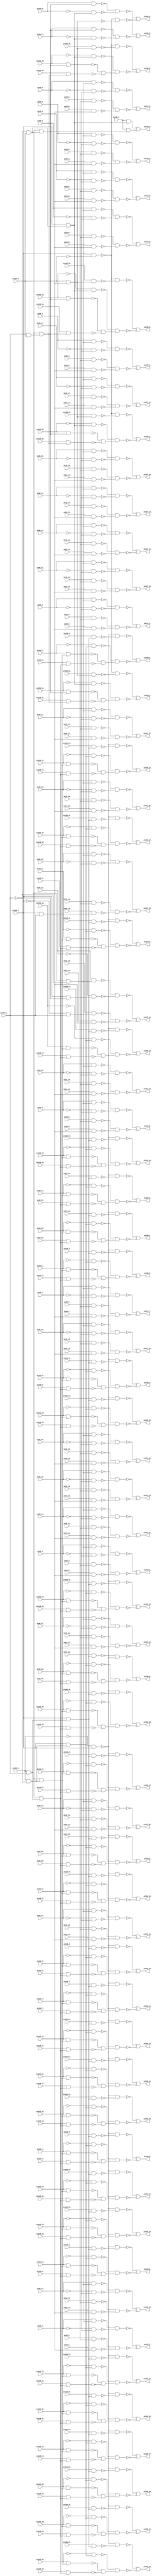
module top ( 
    pv96_30_, pv128_5_, pv160_1_, pv160_12_, pv160_25_, pv96_31_, pv128_6_,
    pv160_2_, pv160_11_, pv160_26_, pv96_10_, pv96_21_, pv128_3_,
    pv160_14_, pv160_27_, pv192_0_, pv96_11_, pv96_20_, pv128_4_, pv160_0_,
    pv160_13_, pv160_28_, pv128_1_, pv160_5_, pv160_29_, pv128_2_,
    pv128_19_, pv160_6_, pv199_4_, pv160_3_, pv160_10_, pv128_0_, pv160_4_,
    pv32_7_, pv32_18_, pv32_29_, pv64_0_, pv96_9_, pv128_29_, pv192_19_,
    pv199_1_, pv32_6_, pv32_19_, pv32_28_, pv64_1_, pv96_8_, pv192_18_,
    pv199_0_, pv32_5_, pv192_17_, pv192_31_, pv199_3_, pv32_4_, pv192_16_,
    pv192_30_, pv32_3_, pv64_4_, pv96_5_, pv128_9_, pv192_15_, pv192_20_,
    pv32_2_, pv64_5_, pv96_4_, pv192_14_, pv192_21_, pv32_1_, pv64_2_,
    pv96_7_, pv128_7_, pv192_13_, pv32_0_, pv64_3_, pv96_6_, pv128_8_,
    pv192_12_, pv32_10_, pv32_21_, pv64_8_, pv64_17_, pv64_28_, pv96_1_,
    pv128_21_, pv192_11_, pv192_24_, pv32_11_, pv32_20_, pv64_9_, pv64_18_,
    pv64_27_, pv96_0_, pv128_22_, pv192_10_, pv192_25_, pv32_12_, pv32_23_,
    pv32_30_, pv64_6_, pv64_15_, pv64_26_, pv96_3_, pv128_10_, pv128_23_,
    pv192_22_, pv32_13_, pv32_22_, pv32_31_, pv64_7_, pv64_16_, pv64_25_,
    pv96_2_, pv128_24_, pv128_31_, pv192_23_, pv32_14_, pv32_25_,
    pv128_25_, pv192_28_, pv32_15_, pv32_24_, pv128_26_, pv192_9_,
    pv192_29_, pv195_0_, pv32_9_, pv32_16_, pv32_27_, pv64_19_, pv128_27_,
    pv192_26_, pv32_8_, pv32_17_, pv32_26_, pv64_29_, pv128_28_, pv192_27_,
    pv64_20_, pv64_31_, pv96_16_, pv96_27_, pv128_16_, pv160_9_, pv160_30_,
    pv192_6_, pv194_0_, pv64_10_, pv96_17_, pv96_26_, pv128_15_, pv160_19_,
    pv192_5_, pv96_18_, pv96_29_, pv128_18_, pv160_7_, pv192_8_, pv96_19_,
    pv96_28_, pv128_17_, pv160_8_, pv160_20_, pv192_7_, pv194_1_, pv64_13_,
    pv64_24_, pv96_12_, pv96_23_, pv128_12_, pv128_30_, pv160_16_,
    pv160_21_, pv192_2_, pv64_14_, pv64_23_, pv96_13_, pv96_22_, pv128_11_,
    pv160_15_, pv160_22_, pv192_1_, pv64_11_, pv64_22_, pv96_14_, pv96_25_,
    pv128_14_, pv160_18_, pv160_23_, pv192_4_, pv64_12_, pv64_21_,
    pv64_30_, pv96_15_, pv96_24_, pv128_13_, pv128_20_, pv160_17_,
    pv160_24_, pv160_31_, pv192_3_,
    pv227_10_, pv227_23_, pv266_6_, pv227_0_, pv227_24_, pv227_21_,
    pv266_4_, pv227_22_, pv266_5_, pv227_27_, pv259_0_, pv227_25_,
    pv259_2_, pv227_26_, pv259_1_, pv227_7_, pv227_18_, pv259_17_,
    pv227_8_, pv227_17_, pv259_16_, pv227_5_, pv227_16_, pv259_19_,
    pv227_6_, pv227_15_, pv259_18_, pv227_3_, pv227_14_, pv259_26_,
    pv266_2_, pv227_4_, pv227_13_, pv227_20_, pv259_27_, pv266_3_,
    pv227_1_, pv227_12_, pv259_28_, pv266_0_, pv227_2_, pv227_11_,
    pv259_29_, pv266_1_, pv259_22_, pv259_23_, pv259_11_, pv259_24_,
    pv259_10_, pv259_25_, pv259_13_, pv259_31_, pv259_12_, pv259_30_,
    pv227_9_, pv259_15_, pv259_20_, pv227_19_, pv259_14_, pv259_21_,
    pv259_4_, pv259_3_, pv259_6_, pv259_5_, pv259_8_, pv259_7_, pv259_9_  );
  input  pv96_30_, pv128_5_, pv160_1_, pv160_12_, pv160_25_, pv96_31_,
    pv128_6_, pv160_2_, pv160_11_, pv160_26_, pv96_10_, pv96_21_, pv128_3_,
    pv160_14_, pv160_27_, pv192_0_, pv96_11_, pv96_20_, pv128_4_, pv160_0_,
    pv160_13_, pv160_28_, pv128_1_, pv160_5_, pv160_29_, pv128_2_,
    pv128_19_, pv160_6_, pv199_4_, pv160_3_, pv160_10_, pv128_0_, pv160_4_,
    pv32_7_, pv32_18_, pv32_29_, pv64_0_, pv96_9_, pv128_29_, pv192_19_,
    pv199_1_, pv32_6_, pv32_19_, pv32_28_, pv64_1_, pv96_8_, pv192_18_,
    pv199_0_, pv32_5_, pv192_17_, pv192_31_, pv199_3_, pv32_4_, pv192_16_,
    pv192_30_, pv32_3_, pv64_4_, pv96_5_, pv128_9_, pv192_15_, pv192_20_,
    pv32_2_, pv64_5_, pv96_4_, pv192_14_, pv192_21_, pv32_1_, pv64_2_,
    pv96_7_, pv128_7_, pv192_13_, pv32_0_, pv64_3_, pv96_6_, pv128_8_,
    pv192_12_, pv32_10_, pv32_21_, pv64_8_, pv64_17_, pv64_28_, pv96_1_,
    pv128_21_, pv192_11_, pv192_24_, pv32_11_, pv32_20_, pv64_9_, pv64_18_,
    pv64_27_, pv96_0_, pv128_22_, pv192_10_, pv192_25_, pv32_12_, pv32_23_,
    pv32_30_, pv64_6_, pv64_15_, pv64_26_, pv96_3_, pv128_10_, pv128_23_,
    pv192_22_, pv32_13_, pv32_22_, pv32_31_, pv64_7_, pv64_16_, pv64_25_,
    pv96_2_, pv128_24_, pv128_31_, pv192_23_, pv32_14_, pv32_25_,
    pv128_25_, pv192_28_, pv32_15_, pv32_24_, pv128_26_, pv192_9_,
    pv192_29_, pv195_0_, pv32_9_, pv32_16_, pv32_27_, pv64_19_, pv128_27_,
    pv192_26_, pv32_8_, pv32_17_, pv32_26_, pv64_29_, pv128_28_, pv192_27_,
    pv64_20_, pv64_31_, pv96_16_, pv96_27_, pv128_16_, pv160_9_, pv160_30_,
    pv192_6_, pv194_0_, pv64_10_, pv96_17_, pv96_26_, pv128_15_, pv160_19_,
    pv192_5_, pv96_18_, pv96_29_, pv128_18_, pv160_7_, pv192_8_, pv96_19_,
    pv96_28_, pv128_17_, pv160_8_, pv160_20_, pv192_7_, pv194_1_, pv64_13_,
    pv64_24_, pv96_12_, pv96_23_, pv128_12_, pv128_30_, pv160_16_,
    pv160_21_, pv192_2_, pv64_14_, pv64_23_, pv96_13_, pv96_22_, pv128_11_,
    pv160_15_, pv160_22_, pv192_1_, pv64_11_, pv64_22_, pv96_14_, pv96_25_,
    pv128_14_, pv160_18_, pv160_23_, pv192_4_, pv64_12_, pv64_21_,
    pv64_30_, pv96_15_, pv96_24_, pv128_13_, pv128_20_, pv160_17_,
    pv160_24_, pv160_31_, pv192_3_;
  output pv227_10_, pv227_23_, pv266_6_, pv227_0_, pv227_24_, pv227_21_,
    pv266_4_, pv227_22_, pv266_5_, pv227_27_, pv259_0_, pv227_25_,
    pv259_2_, pv227_26_, pv259_1_, pv227_7_, pv227_18_, pv259_17_,
    pv227_8_, pv227_17_, pv259_16_, pv227_5_, pv227_16_, pv259_19_,
    pv227_6_, pv227_15_, pv259_18_, pv227_3_, pv227_14_, pv259_26_,
    pv266_2_, pv227_4_, pv227_13_, pv227_20_, pv259_27_, pv266_3_,
    pv227_1_, pv227_12_, pv259_28_, pv266_0_, pv227_2_, pv227_11_,
    pv259_29_, pv266_1_, pv259_22_, pv259_23_, pv259_11_, pv259_24_,
    pv259_10_, pv259_25_, pv259_13_, pv259_31_, pv259_12_, pv259_30_,
    pv227_9_, pv259_15_, pv259_20_, pv227_19_, pv259_14_, pv259_21_,
    pv259_4_, pv259_3_, pv259_6_, pv259_5_, pv259_8_, pv259_7_, pv259_9_;
  wire new_n267_, new_n268_, new_n269_, new_n270_, new_n271_, new_n272_,
    new_n273_, new_n274_, new_n275_, new_n276_, new_n278_, new_n279_,
    new_n280_, new_n281_, new_n282_, new_n283_, new_n285_, new_n286_,
    new_n287_, new_n288_, new_n289_, new_n291_, new_n292_, new_n293_,
    new_n294_, new_n295_, new_n296_, new_n298_, new_n299_, new_n300_,
    new_n301_, new_n302_, new_n303_, new_n305_, new_n306_, new_n307_,
    new_n308_, new_n309_, new_n310_, new_n312_, new_n313_, new_n314_,
    new_n315_, new_n316_, new_n317_, new_n319_, new_n320_, new_n321_,
    new_n322_, new_n323_, new_n324_, new_n326_, new_n327_, new_n328_,
    new_n330_, new_n331_, new_n332_, new_n333_, new_n334_, new_n335_,
    new_n337_, new_n338_, new_n339_, new_n340_, new_n341_, new_n342_,
    new_n343_, new_n344_, new_n345_, new_n346_, new_n347_, new_n348_,
    new_n349_, new_n350_, new_n352_, new_n353_, new_n354_, new_n355_,
    new_n356_, new_n357_, new_n359_, new_n360_, new_n361_, new_n362_,
    new_n363_, new_n364_, new_n365_, new_n367_, new_n368_, new_n369_,
    new_n370_, new_n371_, new_n372_, new_n374_, new_n375_, new_n376_,
    new_n377_, new_n378_, new_n379_, new_n380_, new_n382_, new_n383_,
    new_n384_, new_n385_, new_n386_, new_n387_, new_n389_, new_n390_,
    new_n391_, new_n392_, new_n393_, new_n394_, new_n396_, new_n397_,
    new_n398_, new_n399_, new_n400_, new_n401_, new_n402_, new_n404_,
    new_n405_, new_n406_, new_n407_, new_n408_, new_n409_, new_n411_,
    new_n412_, new_n413_, new_n414_, new_n415_, new_n416_, new_n418_,
    new_n419_, new_n420_, new_n421_, new_n422_, new_n423_, new_n424_,
    new_n426_, new_n427_, new_n428_, new_n429_, new_n430_, new_n431_,
    new_n433_, new_n434_, new_n435_, new_n436_, new_n437_, new_n438_,
    new_n440_, new_n441_, new_n442_, new_n443_, new_n444_, new_n445_,
    new_n446_, new_n448_, new_n449_, new_n450_, new_n451_, new_n452_,
    new_n453_, new_n455_, new_n456_, new_n457_, new_n458_, new_n459_,
    new_n460_, new_n462_, new_n463_, new_n464_, new_n465_, new_n466_,
    new_n467_, new_n468_, new_n470_, new_n471_, new_n472_, new_n473_,
    new_n474_, new_n475_, new_n477_, new_n478_, new_n479_, new_n480_,
    new_n481_, new_n482_, new_n484_, new_n485_, new_n486_, new_n487_,
    new_n488_, new_n489_, new_n490_, new_n492_, new_n493_, new_n494_,
    new_n495_, new_n496_, new_n497_, new_n498_, new_n499_, new_n500_,
    new_n502_, new_n503_, new_n504_, new_n505_, new_n506_, new_n507_,
    new_n509_, new_n510_, new_n511_, new_n512_, new_n513_, new_n514_,
    new_n516_, new_n517_, new_n518_, new_n519_, new_n520_, new_n521_,
    new_n523_, new_n524_, new_n525_, new_n526_, new_n527_, new_n528_,
    new_n529_, new_n531_, new_n532_, new_n533_, new_n534_, new_n535_,
    new_n536_, new_n537_, new_n539_, new_n540_, new_n541_, new_n542_,
    new_n543_, new_n544_, new_n546_, new_n547_, new_n548_, new_n549_,
    new_n550_, new_n551_, new_n553_, new_n554_, new_n555_, new_n556_,
    new_n557_, new_n558_, new_n559_, new_n561_, new_n562_, new_n563_,
    new_n564_, new_n565_, new_n566_, new_n567_, new_n569_, new_n570_,
    new_n571_, new_n572_, new_n573_, new_n574_, new_n576_, new_n577_,
    new_n578_, new_n579_, new_n580_, new_n581_, new_n583_, new_n584_,
    new_n585_, new_n586_, new_n587_, new_n588_, new_n589_, new_n591_,
    new_n592_, new_n593_, new_n594_, new_n595_, new_n596_, new_n597_,
    new_n599_, new_n600_, new_n601_, new_n602_, new_n603_, new_n604_,
    new_n605_, new_n607_, new_n608_, new_n609_, new_n610_, new_n611_,
    new_n612_, new_n613_, new_n615_, new_n616_, new_n617_, new_n618_,
    new_n619_, new_n620_, new_n621_, new_n623_, new_n624_, new_n625_,
    new_n626_, new_n627_, new_n628_, new_n629_, new_n631_, new_n632_,
    new_n633_, new_n634_, new_n635_, new_n636_, new_n637_, new_n639_,
    new_n640_, new_n641_, new_n642_, new_n643_, new_n644_, new_n645_,
    new_n647_, new_n648_, new_n649_, new_n650_, new_n651_, new_n652_,
    new_n653_, new_n655_, new_n656_, new_n657_, new_n658_, new_n659_,
    new_n660_, new_n661_, new_n663_, new_n664_, new_n665_, new_n666_,
    new_n667_, new_n668_, new_n669_, new_n671_, new_n672_, new_n673_,
    new_n674_, new_n675_, new_n676_, new_n677_, new_n679_, new_n680_,
    new_n681_, new_n682_, new_n683_, new_n684_, new_n686_, new_n687_,
    new_n688_, new_n689_, new_n690_, new_n691_, new_n692_, new_n694_,
    new_n695_, new_n696_, new_n697_, new_n698_, new_n699_, new_n700_,
    new_n702_, new_n703_, new_n704_, new_n705_, new_n706_, new_n707_,
    new_n709_, new_n710_, new_n711_, new_n712_, new_n713_, new_n714_,
    new_n715_, new_n717_, new_n718_, new_n719_, new_n720_, new_n721_,
    new_n722_, new_n723_, new_n725_, new_n726_, new_n727_, new_n728_,
    new_n729_, new_n730_, new_n731_, new_n733_, new_n734_, new_n735_,
    new_n736_, new_n737_, new_n738_, new_n739_, new_n741_, new_n742_,
    new_n743_, new_n744_, new_n745_, new_n746_, new_n747_, new_n749_,
    new_n750_, new_n751_, new_n752_, new_n753_, new_n754_, new_n755_,
    new_n757_, new_n758_, new_n759_, new_n760_, new_n761_, new_n762_,
    new_n763_, new_n765_, new_n766_, new_n767_, new_n768_, new_n769_,
    new_n770_, new_n771_, new_n773_, new_n774_, new_n775_, new_n776_,
    new_n777_, new_n778_, new_n779_;
  assign new_n267_ = ~pv199_1_ & pv199_0_;
  assign new_n268_ = pv32_10_ & new_n267_;
  assign new_n269_ = pv199_1_ & pv199_0_;
  assign new_n270_ = pv64_10_ & new_n269_;
  assign new_n271_ = ~pv199_1_ & ~pv199_0_;
  assign new_n272_ = pv96_10_ & new_n271_;
  assign new_n273_ = pv199_1_ & ~pv199_0_;
  assign new_n274_ = ~pv96_10_ & new_n273_;
  assign new_n275_ = ~new_n272_ & ~new_n274_;
  assign new_n276_ = ~new_n268_ & ~new_n270_;
  assign pv227_10_ = ~new_n275_ | ~new_n276_;
  assign new_n278_ = pv32_23_ & new_n267_;
  assign new_n279_ = pv64_23_ & new_n269_;
  assign new_n280_ = pv96_23_ & new_n271_;
  assign new_n281_ = ~pv96_23_ & new_n273_;
  assign new_n282_ = ~new_n280_ & ~new_n281_;
  assign new_n283_ = ~new_n278_ & ~new_n279_;
  assign pv227_23_ = ~new_n282_ | ~new_n283_;
  assign new_n285_ = ~pv199_0_ & pv199_3_;
  assign new_n286_ = pv199_1_ & new_n285_;
  assign new_n287_ = pv195_0_ & new_n286_;
  assign new_n288_ = ~pv199_1_ & new_n285_;
  assign new_n289_ = pv195_0_ & new_n288_;
  assign pv266_6_ = new_n287_ | new_n289_;
  assign new_n291_ = pv32_0_ & new_n267_;
  assign new_n292_ = pv64_0_ & new_n269_;
  assign new_n293_ = pv96_0_ & new_n271_;
  assign new_n294_ = ~pv96_0_ & new_n273_;
  assign new_n295_ = ~new_n293_ & ~new_n294_;
  assign new_n296_ = ~new_n291_ & ~new_n292_;
  assign pv227_0_ = ~new_n295_ | ~new_n296_;
  assign new_n298_ = pv32_24_ & new_n267_;
  assign new_n299_ = pv64_24_ & new_n269_;
  assign new_n300_ = pv96_24_ & new_n271_;
  assign new_n301_ = ~pv96_24_ & new_n273_;
  assign new_n302_ = ~new_n300_ & ~new_n301_;
  assign new_n303_ = ~new_n298_ & ~new_n299_;
  assign pv227_24_ = ~new_n302_ | ~new_n303_;
  assign new_n305_ = pv32_21_ & new_n267_;
  assign new_n306_ = pv64_21_ & new_n269_;
  assign new_n307_ = pv96_21_ & new_n271_;
  assign new_n308_ = ~pv96_21_ & new_n273_;
  assign new_n309_ = ~new_n307_ & ~new_n308_;
  assign new_n310_ = ~new_n305_ & ~new_n306_;
  assign pv227_21_ = ~new_n309_ | ~new_n310_;
  assign new_n312_ = pv199_1_ & ~pv199_3_;
  assign new_n313_ = pv199_3_ & new_n269_;
  assign new_n314_ = pv194_0_ & new_n288_;
  assign new_n315_ = ~pv194_0_ & new_n286_;
  assign new_n316_ = ~new_n314_ & ~new_n315_;
  assign new_n317_ = ~new_n312_ & ~new_n313_;
  assign pv266_4_ = ~new_n316_ | ~new_n317_;
  assign new_n319_ = pv32_22_ & new_n267_;
  assign new_n320_ = pv64_22_ & new_n269_;
  assign new_n321_ = pv96_22_ & new_n271_;
  assign new_n322_ = ~pv96_22_ & new_n273_;
  assign new_n323_ = ~new_n321_ & ~new_n322_;
  assign new_n324_ = ~new_n319_ & ~new_n320_;
  assign pv227_22_ = ~new_n323_ | ~new_n324_;
  assign new_n326_ = pv194_1_ & new_n288_;
  assign new_n327_ = ~pv194_1_ & new_n286_;
  assign new_n328_ = ~new_n326_ & ~new_n327_;
  assign pv266_5_ = ~new_n317_ | ~new_n328_;
  assign new_n330_ = pv32_27_ & new_n267_;
  assign new_n331_ = pv64_27_ & new_n269_;
  assign new_n332_ = pv96_27_ & new_n271_;
  assign new_n333_ = ~pv96_27_ & new_n273_;
  assign new_n334_ = ~new_n332_ & ~new_n333_;
  assign new_n335_ = ~new_n330_ & ~new_n331_;
  assign pv227_27_ = ~new_n334_ | ~new_n335_;
  assign new_n337_ = pv199_4_ & ~pv199_0_;
  assign new_n338_ = ~pv199_1_ & new_n337_;
  assign new_n339_ = pv96_28_ & new_n338_;
  assign new_n340_ = pv199_4_ & pv199_0_;
  assign new_n341_ = ~pv199_1_ & new_n340_;
  assign new_n342_ = pv32_28_ & new_n341_;
  assign new_n343_ = pv199_1_ & new_n337_;
  assign new_n344_ = ~pv96_28_ & new_n343_;
  assign new_n345_ = pv199_1_ & new_n340_;
  assign new_n346_ = pv64_28_ & new_n345_;
  assign new_n347_ = ~pv199_4_ & pv199_1_;
  assign new_n348_ = ~new_n346_ & ~new_n347_;
  assign new_n349_ = ~new_n339_ & ~new_n342_;
  assign new_n350_ = ~new_n344_ & new_n349_;
  assign pv259_0_ = ~new_n348_ | ~new_n350_;
  assign new_n352_ = pv32_25_ & new_n267_;
  assign new_n353_ = pv64_25_ & new_n269_;
  assign new_n354_ = pv96_25_ & new_n271_;
  assign new_n355_ = ~pv96_25_ & new_n273_;
  assign new_n356_ = ~new_n354_ & ~new_n355_;
  assign new_n357_ = ~new_n352_ & ~new_n353_;
  assign pv227_25_ = ~new_n356_ | ~new_n357_;
  assign new_n359_ = pv96_30_ & new_n338_;
  assign new_n360_ = pv32_30_ & new_n341_;
  assign new_n361_ = ~pv96_30_ & new_n343_;
  assign new_n362_ = pv64_30_ & new_n345_;
  assign new_n363_ = ~new_n347_ & ~new_n362_;
  assign new_n364_ = ~new_n359_ & ~new_n360_;
  assign new_n365_ = ~new_n361_ & new_n364_;
  assign pv259_2_ = ~new_n363_ | ~new_n365_;
  assign new_n367_ = pv32_26_ & new_n267_;
  assign new_n368_ = pv64_26_ & new_n269_;
  assign new_n369_ = pv96_26_ & new_n271_;
  assign new_n370_ = ~pv96_26_ & new_n273_;
  assign new_n371_ = ~new_n369_ & ~new_n370_;
  assign new_n372_ = ~new_n367_ & ~new_n368_;
  assign pv227_26_ = ~new_n371_ | ~new_n372_;
  assign new_n374_ = pv96_29_ & new_n338_;
  assign new_n375_ = pv32_29_ & new_n341_;
  assign new_n376_ = ~pv96_29_ & new_n343_;
  assign new_n377_ = pv64_29_ & new_n345_;
  assign new_n378_ = ~new_n347_ & ~new_n377_;
  assign new_n379_ = ~new_n374_ & ~new_n375_;
  assign new_n380_ = ~new_n376_ & new_n379_;
  assign pv259_1_ = ~new_n378_ | ~new_n380_;
  assign new_n382_ = pv32_7_ & new_n267_;
  assign new_n383_ = pv64_7_ & new_n269_;
  assign new_n384_ = pv96_7_ & new_n271_;
  assign new_n385_ = ~pv96_7_ & new_n273_;
  assign new_n386_ = ~new_n384_ & ~new_n385_;
  assign new_n387_ = ~new_n382_ & ~new_n383_;
  assign pv227_7_ = ~new_n386_ | ~new_n387_;
  assign new_n389_ = pv32_18_ & new_n267_;
  assign new_n390_ = pv64_18_ & new_n269_;
  assign new_n391_ = pv96_18_ & new_n271_;
  assign new_n392_ = ~pv96_18_ & new_n273_;
  assign new_n393_ = ~new_n391_ & ~new_n392_;
  assign new_n394_ = ~new_n389_ & ~new_n390_;
  assign pv227_18_ = ~new_n393_ | ~new_n394_;
  assign new_n396_ = pv192_13_ & new_n338_;
  assign new_n397_ = pv128_13_ & new_n341_;
  assign new_n398_ = ~pv192_13_ & new_n343_;
  assign new_n399_ = pv160_13_ & new_n345_;
  assign new_n400_ = ~new_n347_ & ~new_n399_;
  assign new_n401_ = ~new_n396_ & ~new_n397_;
  assign new_n402_ = ~new_n398_ & new_n401_;
  assign pv259_17_ = ~new_n400_ | ~new_n402_;
  assign new_n404_ = pv32_8_ & new_n267_;
  assign new_n405_ = pv64_8_ & new_n269_;
  assign new_n406_ = pv96_8_ & new_n271_;
  assign new_n407_ = ~pv96_8_ & new_n273_;
  assign new_n408_ = ~new_n406_ & ~new_n407_;
  assign new_n409_ = ~new_n404_ & ~new_n405_;
  assign pv227_8_ = ~new_n408_ | ~new_n409_;
  assign new_n411_ = pv32_17_ & new_n267_;
  assign new_n412_ = pv64_17_ & new_n269_;
  assign new_n413_ = pv96_17_ & new_n271_;
  assign new_n414_ = ~pv96_17_ & new_n273_;
  assign new_n415_ = ~new_n413_ & ~new_n414_;
  assign new_n416_ = ~new_n411_ & ~new_n412_;
  assign pv227_17_ = ~new_n415_ | ~new_n416_;
  assign new_n418_ = pv192_12_ & new_n338_;
  assign new_n419_ = pv128_12_ & new_n341_;
  assign new_n420_ = ~pv192_12_ & new_n343_;
  assign new_n421_ = pv160_12_ & new_n345_;
  assign new_n422_ = ~new_n347_ & ~new_n421_;
  assign new_n423_ = ~new_n418_ & ~new_n419_;
  assign new_n424_ = ~new_n420_ & new_n423_;
  assign pv259_16_ = ~new_n422_ | ~new_n424_;
  assign new_n426_ = pv32_5_ & new_n267_;
  assign new_n427_ = pv64_5_ & new_n269_;
  assign new_n428_ = pv96_5_ & new_n271_;
  assign new_n429_ = ~pv96_5_ & new_n273_;
  assign new_n430_ = ~new_n428_ & ~new_n429_;
  assign new_n431_ = ~new_n426_ & ~new_n427_;
  assign pv227_5_ = ~new_n430_ | ~new_n431_;
  assign new_n433_ = pv32_16_ & new_n267_;
  assign new_n434_ = pv64_16_ & new_n269_;
  assign new_n435_ = pv96_16_ & new_n271_;
  assign new_n436_ = ~pv96_16_ & new_n273_;
  assign new_n437_ = ~new_n435_ & ~new_n436_;
  assign new_n438_ = ~new_n433_ & ~new_n434_;
  assign pv227_16_ = ~new_n437_ | ~new_n438_;
  assign new_n440_ = pv192_15_ & new_n338_;
  assign new_n441_ = pv128_15_ & new_n341_;
  assign new_n442_ = ~pv192_15_ & new_n343_;
  assign new_n443_ = pv160_15_ & new_n345_;
  assign new_n444_ = ~new_n347_ & ~new_n443_;
  assign new_n445_ = ~new_n440_ & ~new_n441_;
  assign new_n446_ = ~new_n442_ & new_n445_;
  assign pv259_19_ = ~new_n444_ | ~new_n446_;
  assign new_n448_ = pv32_6_ & new_n267_;
  assign new_n449_ = pv64_6_ & new_n269_;
  assign new_n450_ = pv96_6_ & new_n271_;
  assign new_n451_ = ~pv96_6_ & new_n273_;
  assign new_n452_ = ~new_n450_ & ~new_n451_;
  assign new_n453_ = ~new_n448_ & ~new_n449_;
  assign pv227_6_ = ~new_n452_ | ~new_n453_;
  assign new_n455_ = pv32_15_ & new_n267_;
  assign new_n456_ = pv64_15_ & new_n269_;
  assign new_n457_ = pv96_15_ & new_n271_;
  assign new_n458_ = ~pv96_15_ & new_n273_;
  assign new_n459_ = ~new_n457_ & ~new_n458_;
  assign new_n460_ = ~new_n455_ & ~new_n456_;
  assign pv227_15_ = ~new_n459_ | ~new_n460_;
  assign new_n462_ = pv192_14_ & new_n338_;
  assign new_n463_ = pv128_14_ & new_n341_;
  assign new_n464_ = ~pv192_14_ & new_n343_;
  assign new_n465_ = pv160_14_ & new_n345_;
  assign new_n466_ = ~new_n347_ & ~new_n465_;
  assign new_n467_ = ~new_n462_ & ~new_n463_;
  assign new_n468_ = ~new_n464_ & new_n467_;
  assign pv259_18_ = ~new_n466_ | ~new_n468_;
  assign new_n470_ = pv32_3_ & new_n267_;
  assign new_n471_ = pv64_3_ & new_n269_;
  assign new_n472_ = pv96_3_ & new_n271_;
  assign new_n473_ = ~pv96_3_ & new_n273_;
  assign new_n474_ = ~new_n472_ & ~new_n473_;
  assign new_n475_ = ~new_n470_ & ~new_n471_;
  assign pv227_3_ = ~new_n474_ | ~new_n475_;
  assign new_n477_ = pv32_14_ & new_n267_;
  assign new_n478_ = pv64_14_ & new_n269_;
  assign new_n479_ = pv96_14_ & new_n271_;
  assign new_n480_ = ~pv96_14_ & new_n273_;
  assign new_n481_ = ~new_n479_ & ~new_n480_;
  assign new_n482_ = ~new_n477_ & ~new_n478_;
  assign pv227_14_ = ~new_n481_ | ~new_n482_;
  assign new_n484_ = pv192_22_ & new_n338_;
  assign new_n485_ = pv128_22_ & new_n341_;
  assign new_n486_ = ~pv192_22_ & new_n343_;
  assign new_n487_ = pv160_22_ & new_n345_;
  assign new_n488_ = ~new_n347_ & ~new_n487_;
  assign new_n489_ = ~new_n484_ & ~new_n485_;
  assign new_n490_ = ~new_n486_ & new_n489_;
  assign pv259_26_ = ~new_n488_ | ~new_n490_;
  assign new_n492_ = pv192_30_ & new_n288_;
  assign new_n493_ = pv199_0_ & pv199_3_;
  assign new_n494_ = ~pv199_1_ & new_n493_;
  assign new_n495_ = pv128_30_ & new_n494_;
  assign new_n496_ = ~pv192_30_ & new_n286_;
  assign new_n497_ = pv160_30_ & new_n313_;
  assign new_n498_ = ~new_n312_ & ~new_n497_;
  assign new_n499_ = ~new_n492_ & ~new_n495_;
  assign new_n500_ = ~new_n496_ & new_n499_;
  assign pv266_2_ = ~new_n498_ | ~new_n500_;
  assign new_n502_ = pv32_4_ & new_n267_;
  assign new_n503_ = pv64_4_ & new_n269_;
  assign new_n504_ = pv96_4_ & new_n271_;
  assign new_n505_ = ~pv96_4_ & new_n273_;
  assign new_n506_ = ~new_n504_ & ~new_n505_;
  assign new_n507_ = ~new_n502_ & ~new_n503_;
  assign pv227_4_ = ~new_n506_ | ~new_n507_;
  assign new_n509_ = pv32_13_ & new_n267_;
  assign new_n510_ = pv64_13_ & new_n269_;
  assign new_n511_ = pv96_13_ & new_n271_;
  assign new_n512_ = ~pv96_13_ & new_n273_;
  assign new_n513_ = ~new_n511_ & ~new_n512_;
  assign new_n514_ = ~new_n509_ & ~new_n510_;
  assign pv227_13_ = ~new_n513_ | ~new_n514_;
  assign new_n516_ = pv32_20_ & new_n267_;
  assign new_n517_ = pv64_20_ & new_n269_;
  assign new_n518_ = pv96_20_ & new_n271_;
  assign new_n519_ = ~pv96_20_ & new_n273_;
  assign new_n520_ = ~new_n518_ & ~new_n519_;
  assign new_n521_ = ~new_n516_ & ~new_n517_;
  assign pv227_20_ = ~new_n520_ | ~new_n521_;
  assign new_n523_ = pv192_23_ & new_n338_;
  assign new_n524_ = pv128_23_ & new_n341_;
  assign new_n525_ = ~pv192_23_ & new_n343_;
  assign new_n526_ = pv160_23_ & new_n345_;
  assign new_n527_ = ~new_n347_ & ~new_n526_;
  assign new_n528_ = ~new_n523_ & ~new_n524_;
  assign new_n529_ = ~new_n525_ & new_n528_;
  assign pv259_27_ = ~new_n527_ | ~new_n529_;
  assign new_n531_ = pv192_31_ & new_n288_;
  assign new_n532_ = pv128_31_ & new_n494_;
  assign new_n533_ = ~pv192_31_ & new_n286_;
  assign new_n534_ = pv160_31_ & new_n313_;
  assign new_n535_ = ~new_n312_ & ~new_n534_;
  assign new_n536_ = ~new_n531_ & ~new_n532_;
  assign new_n537_ = ~new_n533_ & new_n536_;
  assign pv266_3_ = ~new_n535_ | ~new_n537_;
  assign new_n539_ = pv32_1_ & new_n267_;
  assign new_n540_ = pv64_1_ & new_n269_;
  assign new_n541_ = pv96_1_ & new_n271_;
  assign new_n542_ = ~pv96_1_ & new_n273_;
  assign new_n543_ = ~new_n541_ & ~new_n542_;
  assign new_n544_ = ~new_n539_ & ~new_n540_;
  assign pv227_1_ = ~new_n543_ | ~new_n544_;
  assign new_n546_ = pv32_12_ & new_n267_;
  assign new_n547_ = pv64_12_ & new_n269_;
  assign new_n548_ = pv96_12_ & new_n271_;
  assign new_n549_ = ~pv96_12_ & new_n273_;
  assign new_n550_ = ~new_n548_ & ~new_n549_;
  assign new_n551_ = ~new_n546_ & ~new_n547_;
  assign pv227_12_ = ~new_n550_ | ~new_n551_;
  assign new_n553_ = pv192_24_ & new_n338_;
  assign new_n554_ = pv128_24_ & new_n341_;
  assign new_n555_ = ~pv192_24_ & new_n343_;
  assign new_n556_ = pv160_24_ & new_n345_;
  assign new_n557_ = ~new_n347_ & ~new_n556_;
  assign new_n558_ = ~new_n553_ & ~new_n554_;
  assign new_n559_ = ~new_n555_ & new_n558_;
  assign pv259_28_ = ~new_n557_ | ~new_n559_;
  assign new_n561_ = pv192_28_ & new_n288_;
  assign new_n562_ = pv128_28_ & new_n494_;
  assign new_n563_ = ~pv192_28_ & new_n286_;
  assign new_n564_ = pv160_28_ & new_n313_;
  assign new_n565_ = ~new_n312_ & ~new_n564_;
  assign new_n566_ = ~new_n561_ & ~new_n562_;
  assign new_n567_ = ~new_n563_ & new_n566_;
  assign pv266_0_ = ~new_n565_ | ~new_n567_;
  assign new_n569_ = pv32_2_ & new_n267_;
  assign new_n570_ = pv64_2_ & new_n269_;
  assign new_n571_ = pv96_2_ & new_n271_;
  assign new_n572_ = ~pv96_2_ & new_n273_;
  assign new_n573_ = ~new_n571_ & ~new_n572_;
  assign new_n574_ = ~new_n569_ & ~new_n570_;
  assign pv227_2_ = ~new_n573_ | ~new_n574_;
  assign new_n576_ = pv32_11_ & new_n267_;
  assign new_n577_ = pv64_11_ & new_n269_;
  assign new_n578_ = pv96_11_ & new_n271_;
  assign new_n579_ = ~pv96_11_ & new_n273_;
  assign new_n580_ = ~new_n578_ & ~new_n579_;
  assign new_n581_ = ~new_n576_ & ~new_n577_;
  assign pv227_11_ = ~new_n580_ | ~new_n581_;
  assign new_n583_ = pv192_25_ & new_n338_;
  assign new_n584_ = pv128_25_ & new_n341_;
  assign new_n585_ = ~pv192_25_ & new_n343_;
  assign new_n586_ = pv160_25_ & new_n345_;
  assign new_n587_ = ~new_n347_ & ~new_n586_;
  assign new_n588_ = ~new_n583_ & ~new_n584_;
  assign new_n589_ = ~new_n585_ & new_n588_;
  assign pv259_29_ = ~new_n587_ | ~new_n589_;
  assign new_n591_ = pv192_29_ & new_n288_;
  assign new_n592_ = pv128_29_ & new_n494_;
  assign new_n593_ = ~pv192_29_ & new_n286_;
  assign new_n594_ = pv160_29_ & new_n313_;
  assign new_n595_ = ~new_n312_ & ~new_n594_;
  assign new_n596_ = ~new_n591_ & ~new_n592_;
  assign new_n597_ = ~new_n593_ & new_n596_;
  assign pv266_1_ = ~new_n595_ | ~new_n597_;
  assign new_n599_ = pv192_18_ & new_n338_;
  assign new_n600_ = pv128_18_ & new_n341_;
  assign new_n601_ = ~pv192_18_ & new_n343_;
  assign new_n602_ = pv160_18_ & new_n345_;
  assign new_n603_ = ~new_n347_ & ~new_n602_;
  assign new_n604_ = ~new_n599_ & ~new_n600_;
  assign new_n605_ = ~new_n601_ & new_n604_;
  assign pv259_22_ = ~new_n603_ | ~new_n605_;
  assign new_n607_ = pv192_19_ & new_n338_;
  assign new_n608_ = pv128_19_ & new_n341_;
  assign new_n609_ = ~pv192_19_ & new_n343_;
  assign new_n610_ = pv160_19_ & new_n345_;
  assign new_n611_ = ~new_n347_ & ~new_n610_;
  assign new_n612_ = ~new_n607_ & ~new_n608_;
  assign new_n613_ = ~new_n609_ & new_n612_;
  assign pv259_23_ = ~new_n611_ | ~new_n613_;
  assign new_n615_ = pv192_7_ & new_n338_;
  assign new_n616_ = pv128_7_ & new_n341_;
  assign new_n617_ = ~pv192_7_ & new_n343_;
  assign new_n618_ = pv160_7_ & new_n345_;
  assign new_n619_ = ~new_n347_ & ~new_n618_;
  assign new_n620_ = ~new_n615_ & ~new_n616_;
  assign new_n621_ = ~new_n617_ & new_n620_;
  assign pv259_11_ = ~new_n619_ | ~new_n621_;
  assign new_n623_ = pv192_20_ & new_n338_;
  assign new_n624_ = pv128_20_ & new_n341_;
  assign new_n625_ = ~pv192_20_ & new_n343_;
  assign new_n626_ = pv160_20_ & new_n345_;
  assign new_n627_ = ~new_n347_ & ~new_n626_;
  assign new_n628_ = ~new_n623_ & ~new_n624_;
  assign new_n629_ = ~new_n625_ & new_n628_;
  assign pv259_24_ = ~new_n627_ | ~new_n629_;
  assign new_n631_ = pv192_6_ & new_n338_;
  assign new_n632_ = pv128_6_ & new_n341_;
  assign new_n633_ = ~pv192_6_ & new_n343_;
  assign new_n634_ = pv160_6_ & new_n345_;
  assign new_n635_ = ~new_n347_ & ~new_n634_;
  assign new_n636_ = ~new_n631_ & ~new_n632_;
  assign new_n637_ = ~new_n633_ & new_n636_;
  assign pv259_10_ = ~new_n635_ | ~new_n637_;
  assign new_n639_ = pv192_21_ & new_n338_;
  assign new_n640_ = pv128_21_ & new_n341_;
  assign new_n641_ = ~pv192_21_ & new_n343_;
  assign new_n642_ = pv160_21_ & new_n345_;
  assign new_n643_ = ~new_n347_ & ~new_n642_;
  assign new_n644_ = ~new_n639_ & ~new_n640_;
  assign new_n645_ = ~new_n641_ & new_n644_;
  assign pv259_25_ = ~new_n643_ | ~new_n645_;
  assign new_n647_ = pv192_9_ & new_n338_;
  assign new_n648_ = pv128_9_ & new_n341_;
  assign new_n649_ = ~pv192_9_ & new_n343_;
  assign new_n650_ = pv160_9_ & new_n345_;
  assign new_n651_ = ~new_n347_ & ~new_n650_;
  assign new_n652_ = ~new_n647_ & ~new_n648_;
  assign new_n653_ = ~new_n649_ & new_n652_;
  assign pv259_13_ = ~new_n651_ | ~new_n653_;
  assign new_n655_ = pv192_27_ & new_n338_;
  assign new_n656_ = pv128_27_ & new_n341_;
  assign new_n657_ = ~pv192_27_ & new_n343_;
  assign new_n658_ = pv160_27_ & new_n345_;
  assign new_n659_ = ~new_n347_ & ~new_n658_;
  assign new_n660_ = ~new_n655_ & ~new_n656_;
  assign new_n661_ = ~new_n657_ & new_n660_;
  assign pv259_31_ = ~new_n659_ | ~new_n661_;
  assign new_n663_ = pv192_8_ & new_n338_;
  assign new_n664_ = pv128_8_ & new_n341_;
  assign new_n665_ = ~pv192_8_ & new_n343_;
  assign new_n666_ = pv160_8_ & new_n345_;
  assign new_n667_ = ~new_n347_ & ~new_n666_;
  assign new_n668_ = ~new_n663_ & ~new_n664_;
  assign new_n669_ = ~new_n665_ & new_n668_;
  assign pv259_12_ = ~new_n667_ | ~new_n669_;
  assign new_n671_ = pv192_26_ & new_n338_;
  assign new_n672_ = pv128_26_ & new_n341_;
  assign new_n673_ = ~pv192_26_ & new_n343_;
  assign new_n674_ = pv160_26_ & new_n345_;
  assign new_n675_ = ~new_n347_ & ~new_n674_;
  assign new_n676_ = ~new_n671_ & ~new_n672_;
  assign new_n677_ = ~new_n673_ & new_n676_;
  assign pv259_30_ = ~new_n675_ | ~new_n677_;
  assign new_n679_ = pv32_9_ & new_n267_;
  assign new_n680_ = pv64_9_ & new_n269_;
  assign new_n681_ = pv96_9_ & new_n271_;
  assign new_n682_ = ~pv96_9_ & new_n273_;
  assign new_n683_ = ~new_n681_ & ~new_n682_;
  assign new_n684_ = ~new_n679_ & ~new_n680_;
  assign pv227_9_ = ~new_n683_ | ~new_n684_;
  assign new_n686_ = pv192_11_ & new_n338_;
  assign new_n687_ = pv128_11_ & new_n341_;
  assign new_n688_ = ~pv192_11_ & new_n343_;
  assign new_n689_ = pv160_11_ & new_n345_;
  assign new_n690_ = ~new_n347_ & ~new_n689_;
  assign new_n691_ = ~new_n686_ & ~new_n687_;
  assign new_n692_ = ~new_n688_ & new_n691_;
  assign pv259_15_ = ~new_n690_ | ~new_n692_;
  assign new_n694_ = pv192_16_ & new_n338_;
  assign new_n695_ = pv128_16_ & new_n341_;
  assign new_n696_ = ~pv192_16_ & new_n343_;
  assign new_n697_ = pv160_16_ & new_n345_;
  assign new_n698_ = ~new_n347_ & ~new_n697_;
  assign new_n699_ = ~new_n694_ & ~new_n695_;
  assign new_n700_ = ~new_n696_ & new_n699_;
  assign pv259_20_ = ~new_n698_ | ~new_n700_;
  assign new_n702_ = pv32_19_ & new_n267_;
  assign new_n703_ = pv64_19_ & new_n269_;
  assign new_n704_ = pv96_19_ & new_n271_;
  assign new_n705_ = ~pv96_19_ & new_n273_;
  assign new_n706_ = ~new_n704_ & ~new_n705_;
  assign new_n707_ = ~new_n702_ & ~new_n703_;
  assign pv227_19_ = ~new_n706_ | ~new_n707_;
  assign new_n709_ = pv192_10_ & new_n338_;
  assign new_n710_ = pv128_10_ & new_n341_;
  assign new_n711_ = ~pv192_10_ & new_n343_;
  assign new_n712_ = pv160_10_ & new_n345_;
  assign new_n713_ = ~new_n347_ & ~new_n712_;
  assign new_n714_ = ~new_n709_ & ~new_n710_;
  assign new_n715_ = ~new_n711_ & new_n714_;
  assign pv259_14_ = ~new_n713_ | ~new_n715_;
  assign new_n717_ = pv192_17_ & new_n338_;
  assign new_n718_ = pv128_17_ & new_n341_;
  assign new_n719_ = ~pv192_17_ & new_n343_;
  assign new_n720_ = pv160_17_ & new_n345_;
  assign new_n721_ = ~new_n347_ & ~new_n720_;
  assign new_n722_ = ~new_n717_ & ~new_n718_;
  assign new_n723_ = ~new_n719_ & new_n722_;
  assign pv259_21_ = ~new_n721_ | ~new_n723_;
  assign new_n725_ = pv192_0_ & new_n338_;
  assign new_n726_ = pv128_0_ & new_n341_;
  assign new_n727_ = ~pv192_0_ & new_n343_;
  assign new_n728_ = pv160_0_ & new_n345_;
  assign new_n729_ = ~new_n347_ & ~new_n728_;
  assign new_n730_ = ~new_n725_ & ~new_n726_;
  assign new_n731_ = ~new_n727_ & new_n730_;
  assign pv259_4_ = ~new_n729_ | ~new_n731_;
  assign new_n733_ = pv96_31_ & new_n338_;
  assign new_n734_ = pv32_31_ & new_n341_;
  assign new_n735_ = ~pv96_31_ & new_n343_;
  assign new_n736_ = pv64_31_ & new_n345_;
  assign new_n737_ = ~new_n347_ & ~new_n736_;
  assign new_n738_ = ~new_n733_ & ~new_n734_;
  assign new_n739_ = ~new_n735_ & new_n738_;
  assign pv259_3_ = ~new_n737_ | ~new_n739_;
  assign new_n741_ = pv192_2_ & new_n338_;
  assign new_n742_ = pv128_2_ & new_n341_;
  assign new_n743_ = ~pv192_2_ & new_n343_;
  assign new_n744_ = pv160_2_ & new_n345_;
  assign new_n745_ = ~new_n347_ & ~new_n744_;
  assign new_n746_ = ~new_n741_ & ~new_n742_;
  assign new_n747_ = ~new_n743_ & new_n746_;
  assign pv259_6_ = ~new_n745_ | ~new_n747_;
  assign new_n749_ = pv192_1_ & new_n338_;
  assign new_n750_ = pv128_1_ & new_n341_;
  assign new_n751_ = ~pv192_1_ & new_n343_;
  assign new_n752_ = pv160_1_ & new_n345_;
  assign new_n753_ = ~new_n347_ & ~new_n752_;
  assign new_n754_ = ~new_n749_ & ~new_n750_;
  assign new_n755_ = ~new_n751_ & new_n754_;
  assign pv259_5_ = ~new_n753_ | ~new_n755_;
  assign new_n757_ = pv192_4_ & new_n338_;
  assign new_n758_ = pv128_4_ & new_n341_;
  assign new_n759_ = ~pv192_4_ & new_n343_;
  assign new_n760_ = pv160_4_ & new_n345_;
  assign new_n761_ = ~new_n347_ & ~new_n760_;
  assign new_n762_ = ~new_n757_ & ~new_n758_;
  assign new_n763_ = ~new_n759_ & new_n762_;
  assign pv259_8_ = ~new_n761_ | ~new_n763_;
  assign new_n765_ = pv192_3_ & new_n338_;
  assign new_n766_ = pv128_3_ & new_n341_;
  assign new_n767_ = ~pv192_3_ & new_n343_;
  assign new_n768_ = pv160_3_ & new_n345_;
  assign new_n769_ = ~new_n347_ & ~new_n768_;
  assign new_n770_ = ~new_n765_ & ~new_n766_;
  assign new_n771_ = ~new_n767_ & new_n770_;
  assign pv259_7_ = ~new_n769_ | ~new_n771_;
  assign new_n773_ = pv192_5_ & new_n338_;
  assign new_n774_ = pv128_5_ & new_n341_;
  assign new_n775_ = ~pv192_5_ & new_n343_;
  assign new_n776_ = pv160_5_ & new_n345_;
  assign new_n777_ = ~new_n347_ & ~new_n776_;
  assign new_n778_ = ~new_n773_ & ~new_n774_;
  assign new_n779_ = ~new_n775_ & new_n778_;
  assign pv259_9_ = ~new_n777_ | ~new_n779_;
endmodule